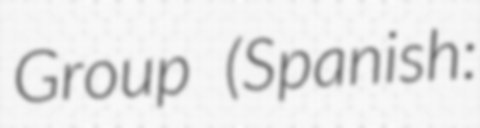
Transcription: Group (Spanish: